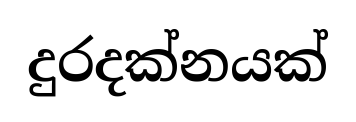
දුරදක්නයක්